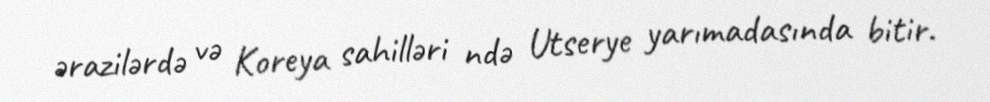
ərazilərdə və Koreya sahilləri ndə Utserye yarımadasında bitir.